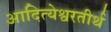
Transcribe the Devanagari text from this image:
आदित्येश्वरतीर्थ